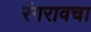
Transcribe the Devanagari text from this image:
रंगरावचा